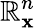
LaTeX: \mathbb{R}_{\mathbf{x}}^{n}